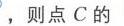
请你分享具体的图片，以便我按要求作答。